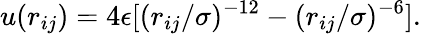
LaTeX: u(r_{ij})=4\epsilon[(r_{ij}/\sigma)^{-12}-(r_{ij}/\sigma)^{-6}].